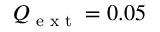
Q _ { \textrm { e x t } } = 0 . 0 5